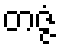
တဇ္ဇံ